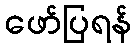
ဖော်ပြရန်